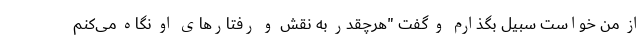
از من خواست سبیل بگذارم و گفت "هرچقدر به نقش و رفتارهای او نگاه می‌کنم